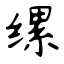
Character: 缧